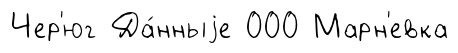
Чер'юг Да́нныjе 000 Марн'евка